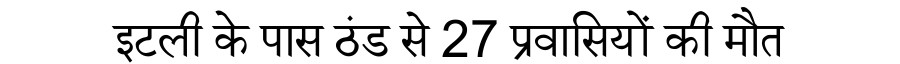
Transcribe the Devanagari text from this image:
इटली के पास ठंड से 27 प्रवासियों की मौत